Vaccination in the Punjab 1883-1896 - 1883-1896
Year: 1883
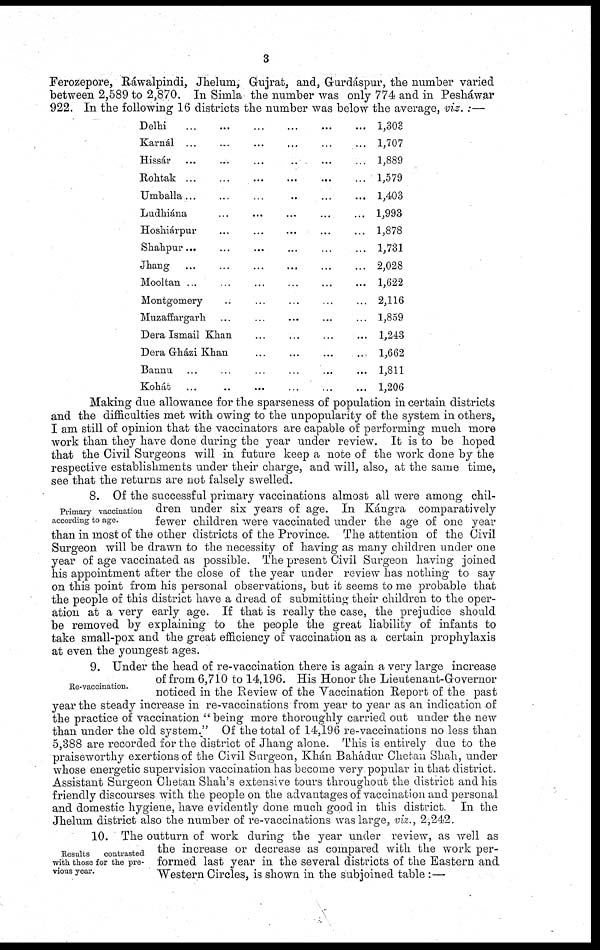
3
Ferozepore, Ráwalpindi, Jhelum, Gujrat, and, Gurdáspur, the number varied
between 2,589 to 2,870. In Simla the number was only 774 and in Pesháwar
922. In the following 16 districts the number was below the average, viz. :—
Delhi
...
...
...
...
...
...
Karnál ... ... ... ... ... ...
Hissár ... ... ... ... ... ...
Rohtak ... ... ... ... ... ...
Umballa ... ... ... ... ... ...
Ludhiána ... ... ... ... ... ...
Hoshiárpur ... ... ... ... ... ...
Shahpur ... ... ... ... ... ...
Jhang ... ... ... ... ... ...
Mooltan ... ... ... ... ... ...
Montgomery ... ... ... ... ... ...
Muzaffargarh ... ... ... ... ... ...
Dera Ismail Khan ... ... ... ...
Dera Gházi Khan ... ... ... ...
Bannu ... ... ... ... ... ...
Kohát
...
...
...
...
...
...
1,303
1,707
1,889
1,579
1,403
1,993
1,878
1,731
2,028
1,622
2,116
1,859
1,243
1,662
1,811
1,206
Making due allowance for the sparseness of population in certain districts
and the difficulties met with owing to the unpopularity of the system in others,
I am still of opinion that the vaccinators are capable of performing much more
work than they have done during the year under review. It is to be hoped
that the Civil Surgeons will in future keep a note of the work done by the
respective establishments under their charge, and will, also, at the same time,
see that the returns are not falsely swelled.
Primary vaccination
according to age.
8. Of the successful primary vaccinations almost all were among chil-
dren under six years of age. In Kángra comparatively
fewer children were vaccinated under the age of one year
than in most of the other districts of the Province. The attention of the Civil
Surgeon will be drawn to the necessity of having as many children under one
year of age vaccinated as possible. The present Civil Surgeon having joined
his appointment after the close of the year under review has nothing to say
on this point from his personal observations, but it seems to me probable that
the people of this district have a dread of submitting their children to the oper-
ation at a very early age. If that is really the case, the prejudice should
be removed by explaining to the people the great liability of infants to
take small-pox and the great efficiency of vaccination as a certain prophylaxis
at even the youngest ages.
Re-vaccination.
9. Under the head of re-vaccination there is again a very large increase
of from 6,710 to 14,196. His Honor the Lieutenant-Governor
noticed in the Review of the Vaccination Report of the past
year the steady increase in re-vaccinations from year to year as an indication of
the practice of vaccination "being more thoroughly carried out under the new
than under the old system." Of the total of 14,196 re-vaccinations no less than
5,388 are recorded for the district of Jhang alone. This is entirely due to the
praiseworthy exertions of the Civil Surgeon, Khán Bahádur Chetan Shah, under
whose energetic supervision vaccination has become very popular in that district.
Assistant Surgeon Chetan Shah's extensive tours throughout the district and his
friendly discourses with the people on the advantages of vaccination and personal
and domestic hygiene, have evidently done much good in this district. In the
Jhelum district also the number of re-vaccinations was large, viz., 2,242.
Results
contrasted
with those for the pre-
vious year.
10. The outturn of work during the year under review, as well as
the increase or decrease as compared with the work per-
formed last year in the several districts of the Eastern and
Western Circles, is shown in the subjoined table :—